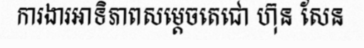
ការងារអាទិភាពសម្តេចតេជោ ហ៊ុន សែន